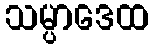
သမ္ပာဒေထ